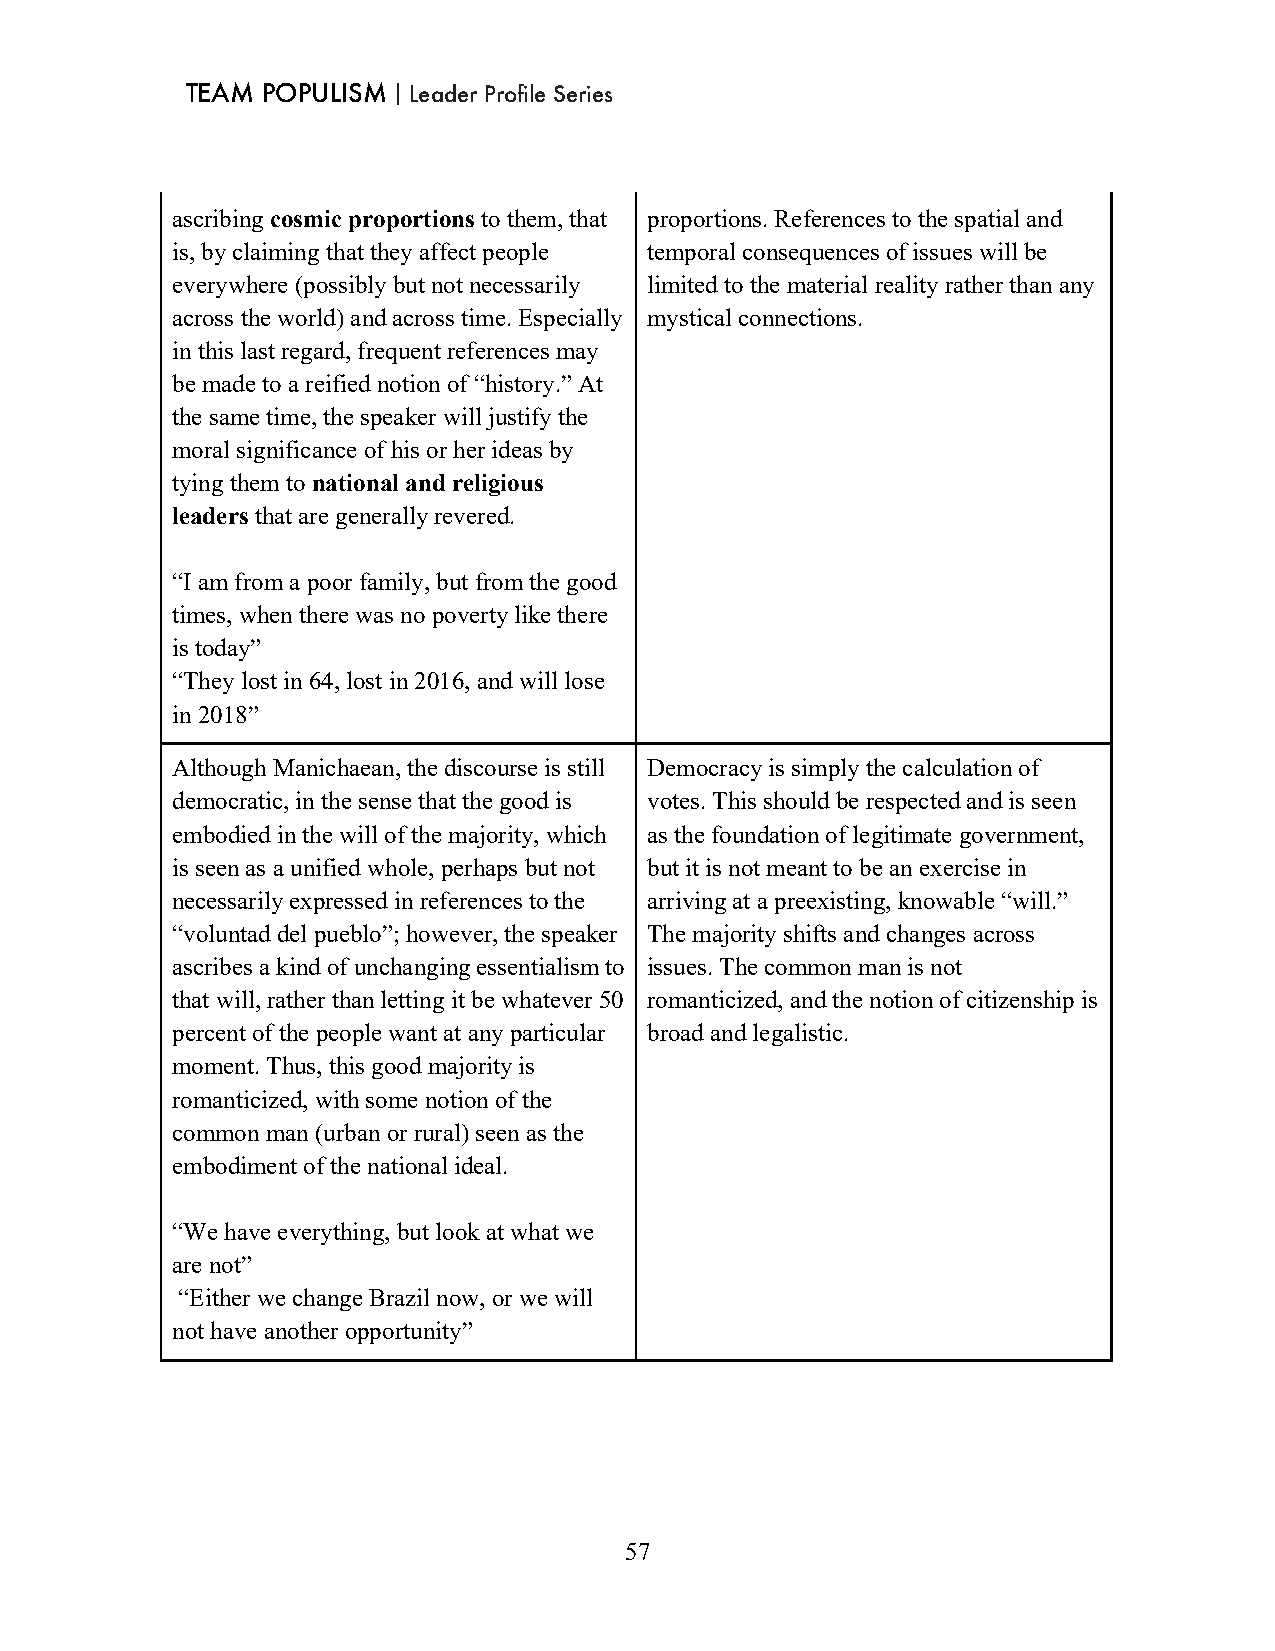
TEAM POPULISM｜Leader Profile Series
 ascribing cosmic proportions to them, that proportions. References to the spatial and
 is, by claiming that they affect people temporal consequences of issues will be
 everywhere (possibly but not necessarily limited to the material reality rather than any
 across the world) and across time. Especially mystical connections.
 in this last regard, frequent references may
 be made to a reified notion of “history.” At
 the same time, the speaker will justify the
 moral significance of his or her ideas by
 tying them to national and religious
 leaders that are generally revered.
 “I am from a poor family, but from the good
 times, when there was no poverty like there
 is today”
 “They lost in 64, lost in 2016, and will lose
 in 2018”
 Although Manichaean, the discourse is still Democracy is simply the calculation of
 democratic, in the sense that the good is votes. This should be respected and is seen
 embodied in the will of the majority, which as the foundation of legitimate government,
 is seen as a unified whole, perhaps but not but it is not meant to be an exercise in
 necessarily expressed in references to the arriving at a preexisting, knowable “will.”
 “voluntad del pueblo”; however, the speaker The majority shifts and changes across
 ascribes a kind of unchanging essentialism to issues. The common man is not
 that will, rather than letting it be whatever 50 romanticized, and the notion of citizenship is
 percent of the people want at any particular broad and legalistic.
 moment. Thus, this good majority is
 romanticized, with some notion of the
 common man (urban or rural) seen as the
 embodiment of the national ideal.
 “We have everything, but look at what we
 are not”
 “Either we change Brazil now, or we will
 not have another opportunity”
 57